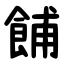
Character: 餔